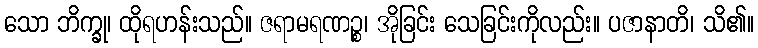
သော ဘိက္ခု၊ ထိုရဟန်းသည်။ ဇရာမရဏဉ္စ၊ အိုခြင်း သေခြင်းကိုလည်း။ ပဇာနာတိ၊ သိ၏။